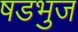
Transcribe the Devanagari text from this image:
षडभुज